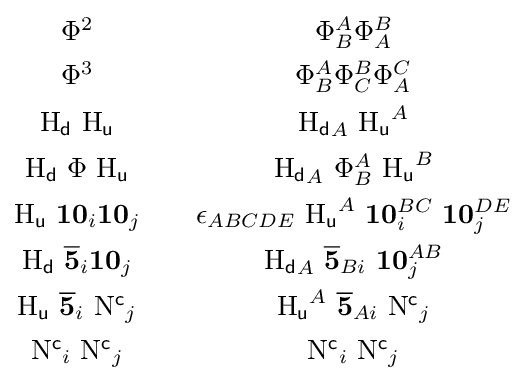
{\begin{matrix}\Phi ^{2}&&\Phi _{B}^{A}\Phi _{A}^{B}\\[4pt]\Phi ^{3}&&\Phi _{B}^{A}\Phi _{C}^{B}\Phi _{A}^{C}\\[4pt]\mathrm {H} _{\mathsf {d}}\ \mathrm {H} _{\mathsf {u}}&&{\mathrm {H} _{\mathsf {d}}}_{A}\ {\mathrm {H} _{\mathsf {u}}}^{A}\\[4pt]\mathrm {H} _{\mathsf {d}}\ \Phi \ \mathrm {H} _{\mathsf {u}}&&{\mathrm {H} _{\mathsf {d}}}_{A}\ \Phi _{B}^{A}\ {\mathrm {H} _{\mathsf {u}}}^{B}\\[4pt]\mathrm {H} _{\mathsf {u}}\ \mathbf {10} _{i}\mathbf {10} _{j}&&\epsilon _{ABCDE}\ {\mathrm {H} _{\mathsf {u}}}^{A}\ \mathbf {10} _{i}^{BC}\ \mathbf {10} _{j}^{DE}\\[4pt]\mathrm {H} _{\mathsf {d}}\ {\overline {\mathbf {5} }}_{i}\mathbf {10} _{j}&&{\mathrm {H} _{\mathsf {d}}}_{A}\ {\overline {\mathbf {5} }}_{Bi}\ \mathbf {10} _{j}^{AB}\\[4pt]\mathrm {H} _{\mathsf {u}}\ {\overline {\mathbf {5} }}_{i}\ {\mathrm {N} ^{\mathsf {c}}}_{j}&&{\mathrm {H} _{\mathsf {u}}}^{A}\ {\overline {\mathbf {5} }}_{Ai}\ {\mathrm {N} ^{\mathsf {c}}}_{j}\\[4pt]{\mathrm {N} ^{\mathsf {c}}}_{i}\ {\mathrm {N} ^{\mathsf {c}}}_{j}&&{\mathrm {N} ^{\mathsf {c}}}_{i}\ {\mathrm {N} ^{\mathsf {c}}}_{j}\\\end{matrix}}